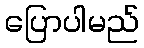
ပြောပါမည်